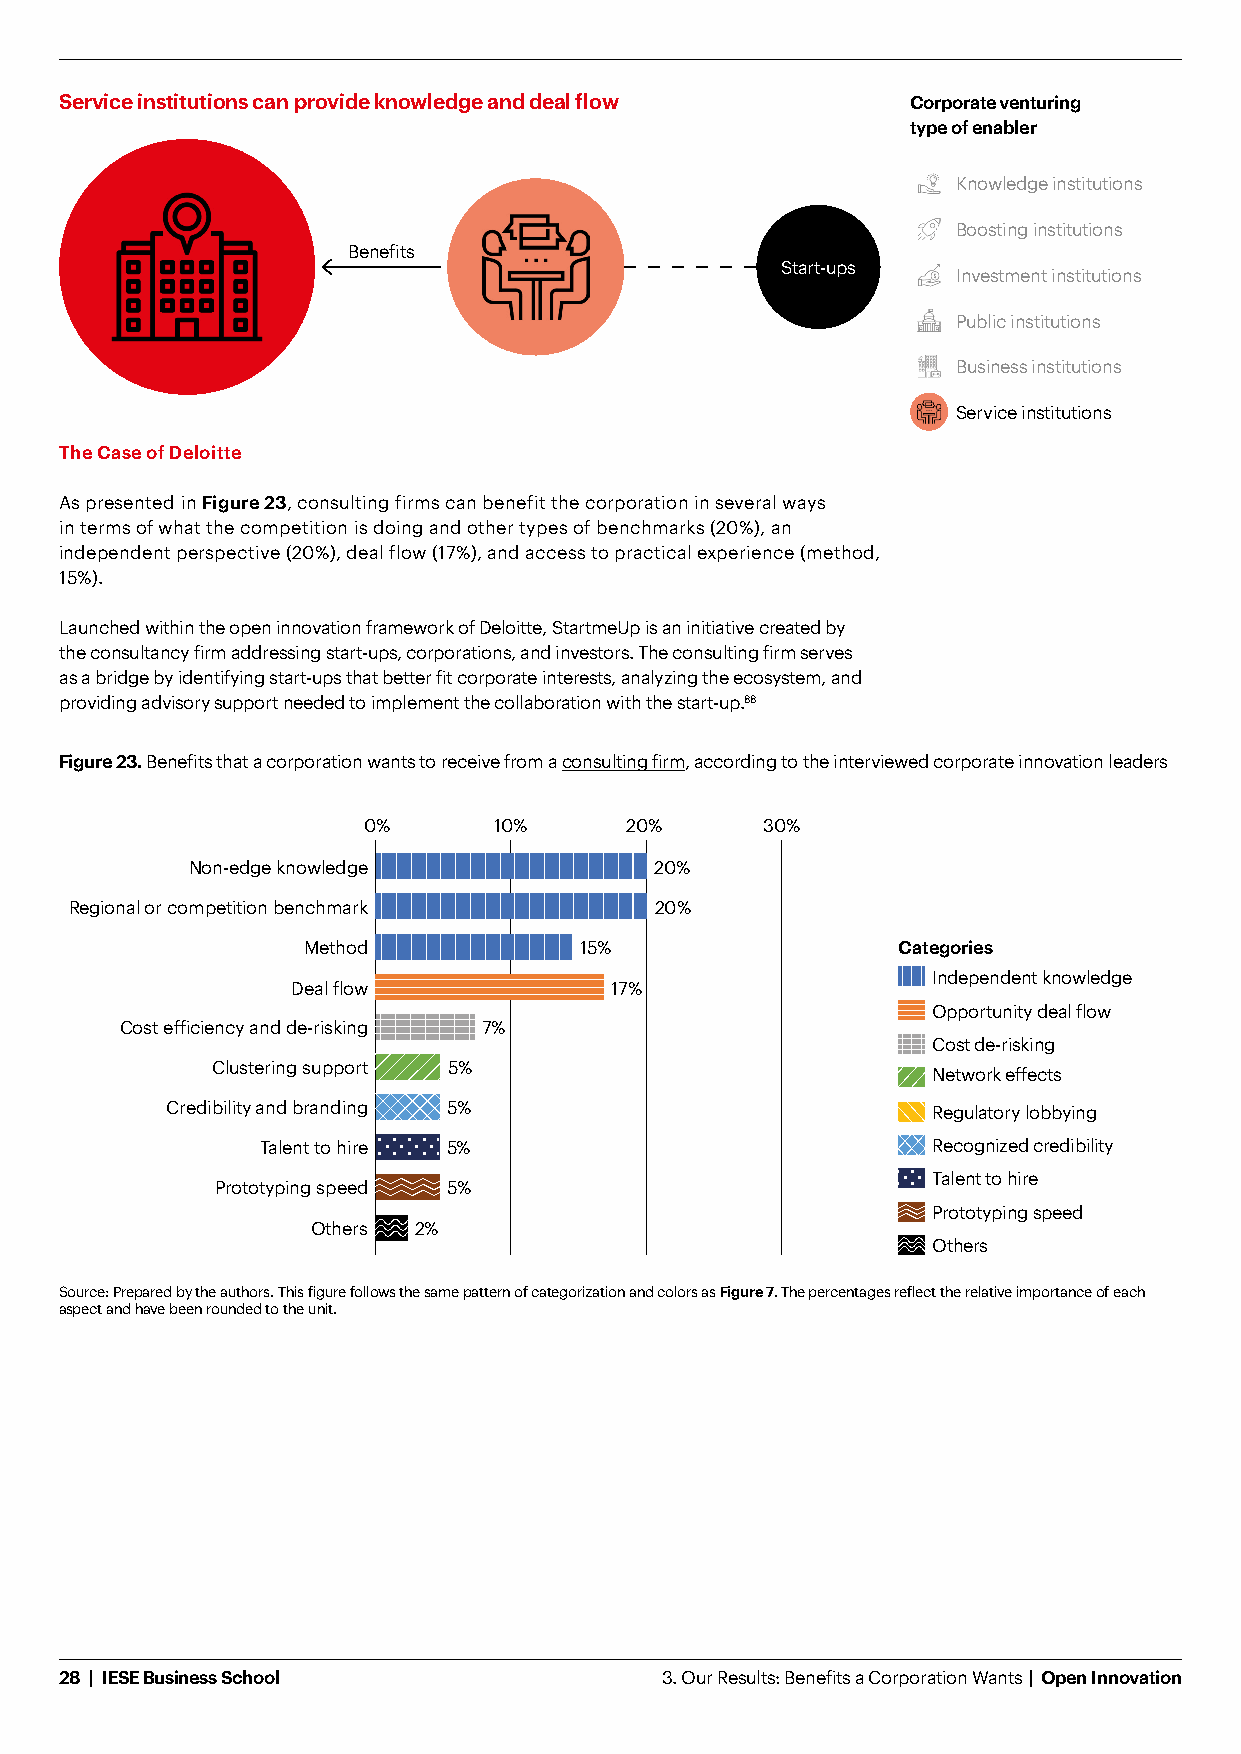
Service institutions can provide knowledge and deal flow Corporate venturing
 type of enabler
 Knowledge institutions
 Boosting institutions
 Benefits
 Start-ups
 Investment institutions
 Public institutions
 Business institutions
 Service institutions
 The Case of Deloitte
 As presented in Figure 23, consulting firms can benefit the corporation in several ways
 in terms of what the competition is doing and other types of benchmarks (20%), an
 independent perspective (20%), deal flow (17%), and access to practical experience (method,
 15%).
 Launched within the open innovation framework of Deloitte, StartmeUp is an initiative created by
 the consultancy firm addressing start-ups, corporations, and investors. The consulting firm serves
 as a bridge by identifying start-ups that better fit corporate interests, analyzing the ecosystem, and
 providing advisory support needed to implement the collaboration with the start-up.88
 Figure 23. Benefits that a corporation wants to receive from a consulting firm, according to the interviewed corporate innovation leaders
 0%       10%     20%      30%
 Non-edge knowledge             20%
 Regional or competition benchmark     20%
 Method            15%                  Categories
 Independent knowledge
 Deal flow            17%
 Opportunity deal flow
 Cost efficiency and de-risking 7%
 Cost de-risking
 Clustering support 5%
 Network effects
 Credibility and branding 5%                        Regulatory lobbying
 Talent to hire 5%                            Recognized credibility
 Talent to hire
 Prototyping speed 5%
 Prototyping speed
 Others 2%
 Others
 Source: Prepared by the authors. This figure follows the same pattern of categorization and colors as Figure 7. The percentages reflect the relative importance of each
 aspect and have been rounded to the unit.
 28 | IESE Business School               3. Our Results: Benefits a Corporation Wants | Open Innovation